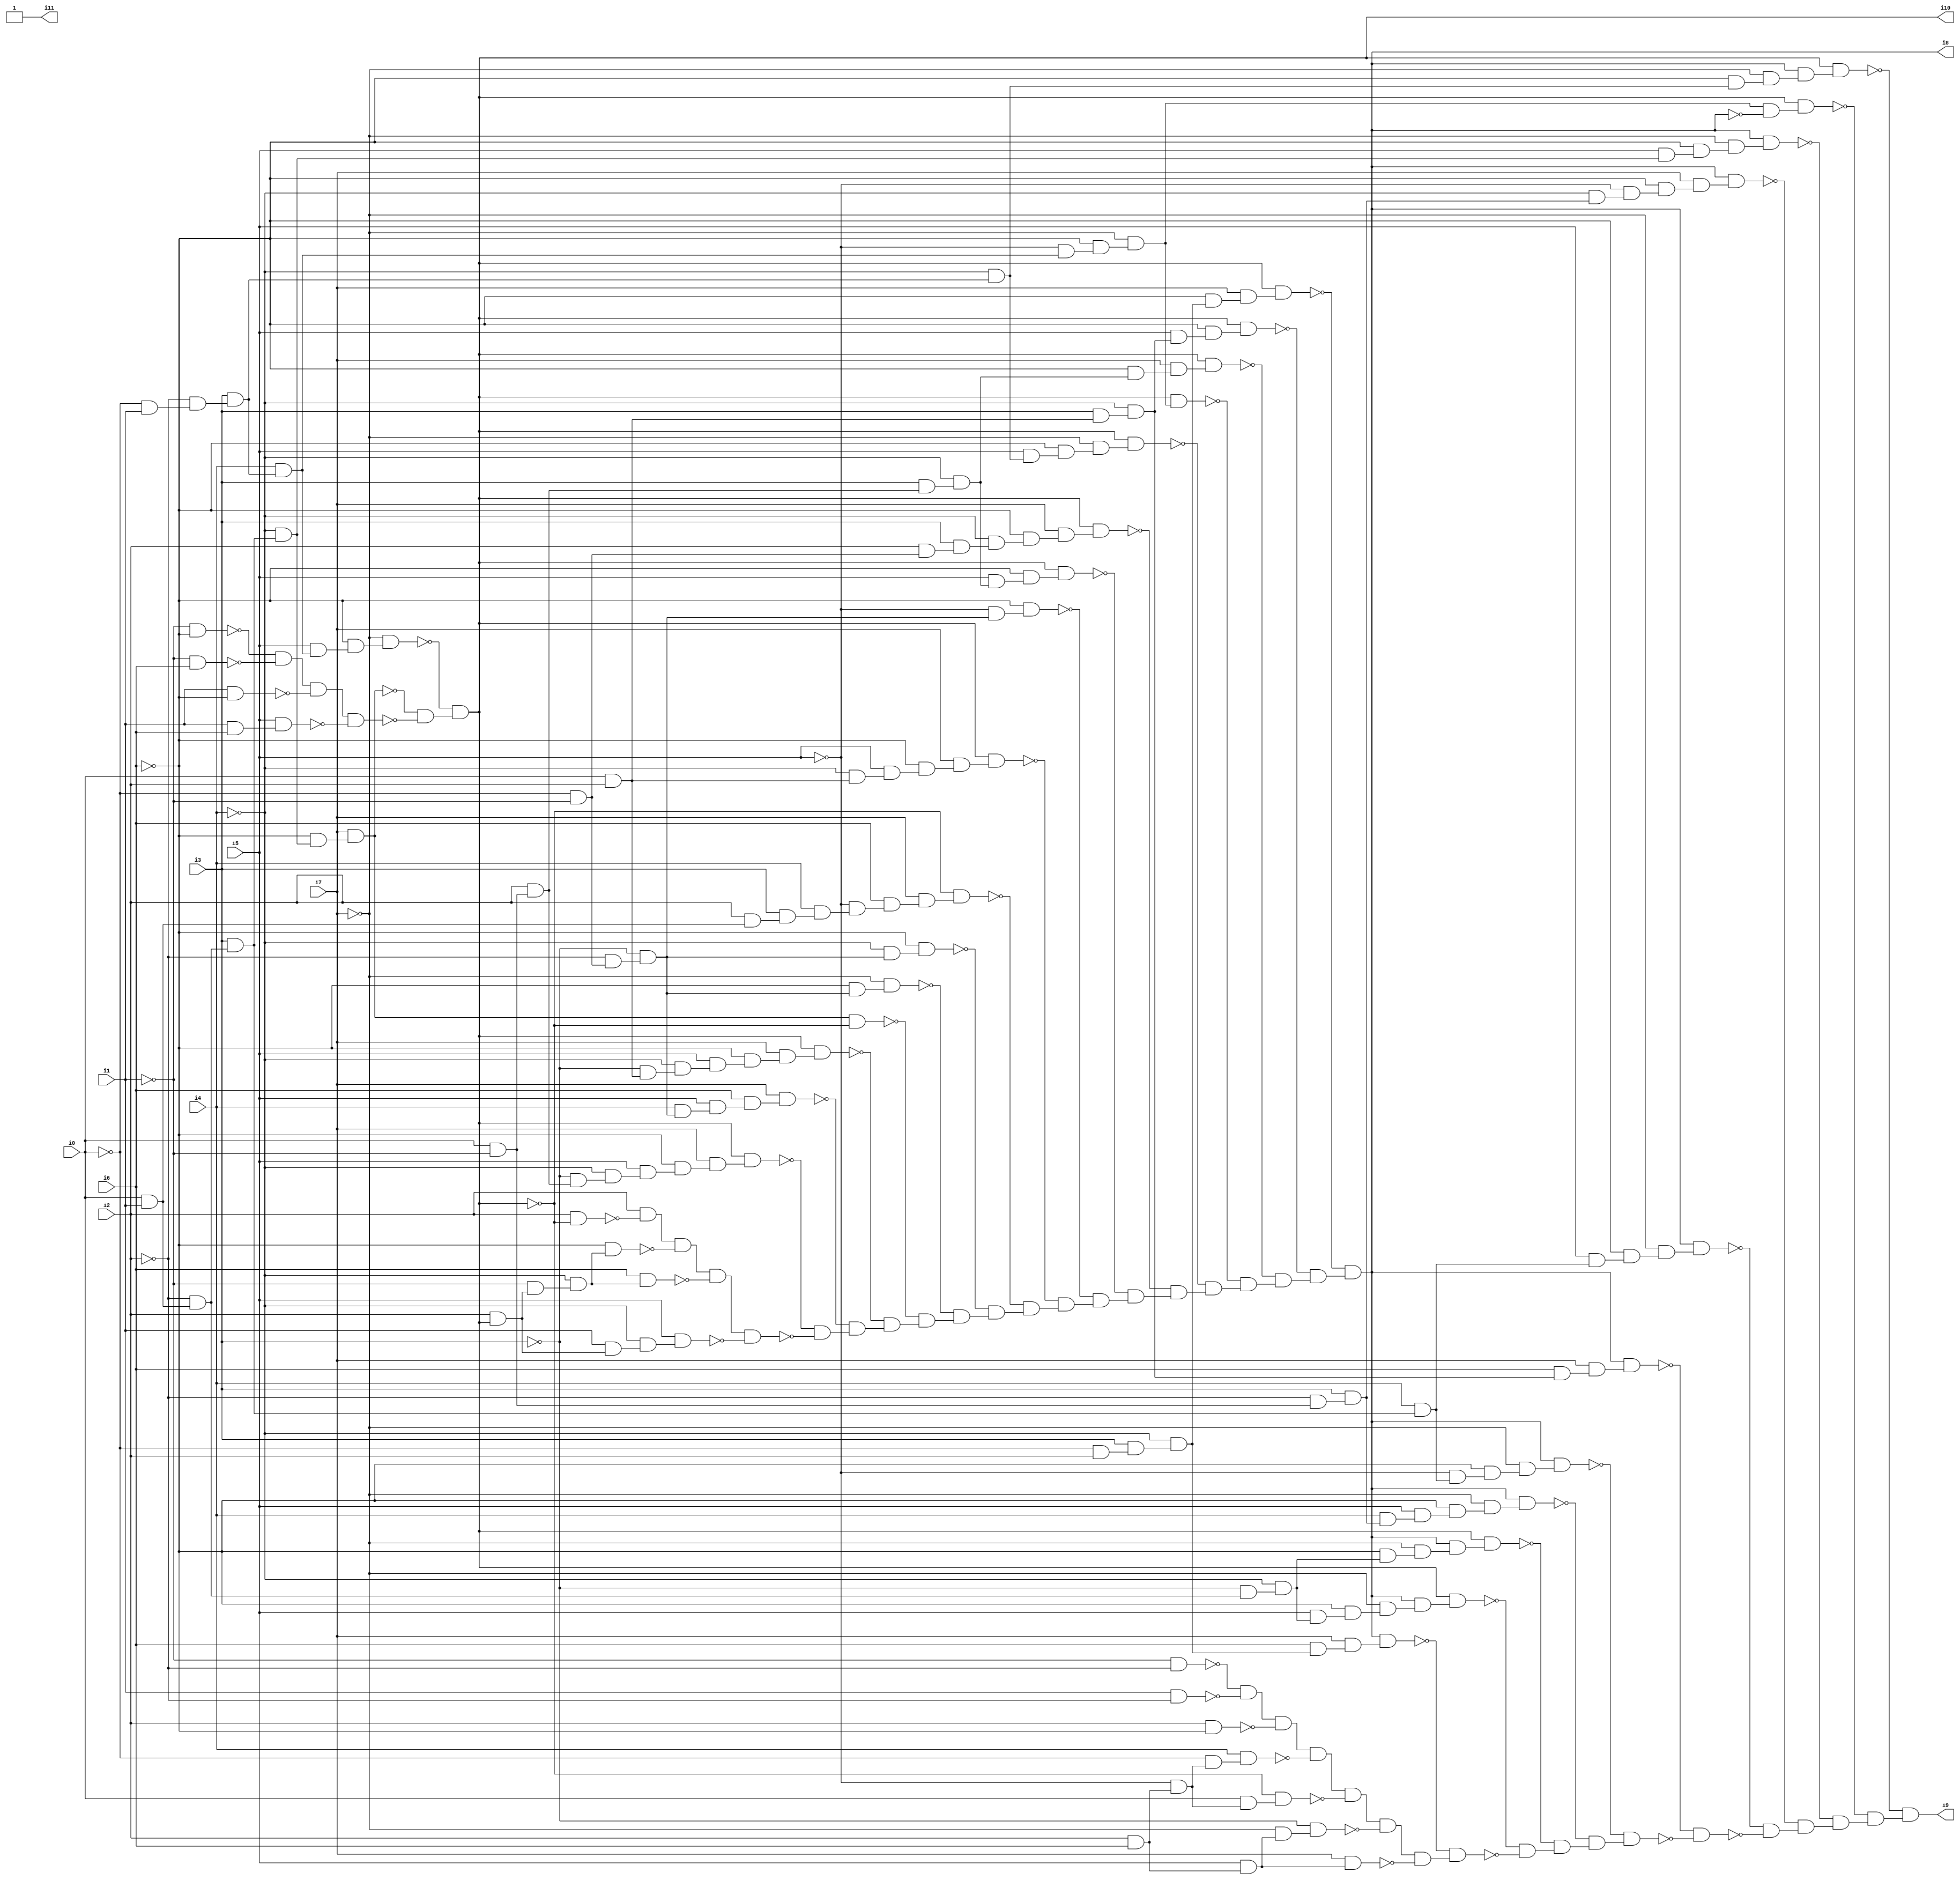
// Benchmark "SKOLEMFORMULA" written by ABC on Mon May  4 05:27:44 2020

module SKOLEMFORMULA ( 
    i0, i1, i2, i3, i4, i5, i6, i7,
    i8, i9, i10, i11  );
  input  i0, i1, i2, i3, i4, i5, i6, i7;
  output i8, i9, i10, i11;
  wire n14, n15, n16, n17, n18, n19, n20, n21, n22, n23, n24, n25, n26, n27,
    n28, n29, n30, n31, n32, n33, n34, n35, n37, n38, n39, n40, n41, n42,
    n43, n44, n45, n46, n47, n48, n49, n50, n51, n52, n53, n54, n55, n56,
    n57, n58, n59, n60, n61, n62, n63, n64, n65, n66, n67, n68, n69, n70,
    n71, n72, n73, n74, n75, n76, n77, n78, n79, n80, n81, n82, n83, n84,
    n85, n86, n87, n88, n89, n90, n91, n92, n93, n94, n95, n96, n97, n98,
    n99, n100, n101, n102, n103, n104, n105, n106, n107, n108, n109, n110,
    n111, n112, n113, n114, n115, n116, n117, n118, n119, n120, n121, n122,
    n123, n124, n125, n126, n127, n128, n129, n130, n131, n132, n133, n134,
    n135, n136, n137, n138, n139, n141, n142, n143, n144, n145, n146, n147,
    n148, n149, n150, n151, n152, n153, n154, n155, n156, n157, n158, n159,
    n160, n161, n162, n163, n164, n165, n166, n167, n168, n169, n170, n171,
    n172, n173, n174, n175, n176, n177, n178, n179, n180, n181, n182, n183,
    n184, n185, n186, n187, n188, n189, n190, n191, n192, n193, n194, n195,
    n196, n197, n198, n199, n200, n201, n202, n203, n204, n205, n206, n207,
    n208, n209, n210, n211, n212, n213, n214, n215, n216, n217;
  assign n14 = i0 & i1;
  assign n15 = ~i2 & n14;
  assign n16 = i3 & n15;
  assign n17 = ~i4 & n16;
  assign n18 = ~i6 & n17;
  assign n19 = i7 & n18;
  assign n20 = ~i0 & i1;
  assign n21 = ~i2 & n20;
  assign n22 = i3 & n21;
  assign n23 = i4 & n22;
  assign n24 = i5 & n23;
  assign n25 = ~i6 & n24;
  assign n26 = ~i7 & n25;
  assign n27 = ~i1 & ~i6;
  assign n28 = ~i1 & i6;
  assign n29 = ~n27 & ~n28;
  assign n30 = i1 & ~i6;
  assign n31 = n29 & ~n30;
  assign n32 = i1 & i6;
  assign n33 = i5 & n32;
  assign n34 = n31 & ~n33;
  assign n35 = ~n19 & ~n34;
  assign i10 = ~n26 & n35;
  assign n37 = i0 & ~i1;
  assign n38 = i2 & n37;
  assign n39 = ~i3 & n38;
  assign n40 = ~i4 & n39;
  assign n41 = i5 & n40;
  assign n42 = ~i6 & n41;
  assign n43 = i7 & n42;
  assign n44 = i10 & n43;
  assign n45 = ~i0 & ~i1;
  assign n46 = ~i2 & n45;
  assign n47 = ~i3 & n46;
  assign n48 = i4 & n47;
  assign n49 = i5 & n48;
  assign n50 = i6 & n49;
  assign n51 = i7 & n50;
  assign n52 = i0 & i2;
  assign n53 = ~i3 & n52;
  assign n54 = ~i4 & n53;
  assign n55 = i5 & n54;
  assign n56 = ~i6 & n55;
  assign n57 = i7 & n56;
  assign n58 = i10 & n57;
  assign n59 = n19 & ~i10;
  assign n60 = ~i6 & n47;
  assign n61 = ~i7 & n60;
  assign n62 = ~i4 & n47;
  assign n63 = ~i6 & n62;
  assign n64 = i2 & n14;
  assign n65 = i3 & n64;
  assign n66 = i4 & n65;
  assign n67 = ~i5 & n66;
  assign n68 = i6 & n67;
  assign n69 = i7 & n68;
  assign n70 = ~i10 & n69;
  assign n71 = ~i4 & n52;
  assign n72 = i5 & n71;
  assign n73 = ~i6 & n72;
  assign n74 = i7 & n73;
  assign n75 = i10 & n74;
  assign n76 = ~i5 & n47;
  assign n77 = ~i6 & n76;
  assign n78 = i3 & n38;
  assign n79 = ~i4 & n78;
  assign n80 = i5 & n79;
  assign n81 = ~i6 & n80;
  assign n82 = i10 & n81;
  assign n83 = i2 & n45;
  assign n84 = i3 & n83;
  assign n85 = ~i4 & n84;
  assign n86 = ~i6 & n85;
  assign n87 = i7 & n86;
  assign n88 = i10 & n87;
  assign n89 = ~i4 & n22;
  assign n90 = i5 & n89;
  assign n91 = ~i6 & n90;
  assign n92 = ~i7 & n91;
  assign n93 = i10 & n92;
  assign n94 = ~i5 & n23;
  assign n95 = ~i6 & n94;
  assign n96 = ~i7 & n95;
  assign n97 = i10 & n96;
  assign n98 = ~i6 & n79;
  assign n99 = i7 & n98;
  assign n100 = i10 & n99;
  assign n101 = i3 & n52;
  assign n102 = ~i4 & n101;
  assign n103 = i5 & n102;
  assign n104 = ~i6 & n103;
  assign n105 = i10 & n104;
  assign n106 = ~i0 & i2;
  assign n107 = i3 & n106;
  assign n108 = ~i4 & n107;
  assign n109 = ~i6 & n108;
  assign n110 = i7 & n109;
  assign n111 = i10 & n110;
  assign n112 = i2 & ~i10;
  assign n113 = i2 & ~n112;
  assign n114 = i2 & i10;
  assign n115 = ~i1 & n114;
  assign n116 = ~i4 & n115;
  assign n117 = ~i6 & n116;
  assign n118 = n113 & ~n117;
  assign n119 = i6 & n116;
  assign n120 = n118 & ~n119;
  assign n121 = i1 & n114;
  assign n122 = ~i4 & n121;
  assign n123 = i5 & n122;
  assign n124 = n120 & ~n123;
  assign n125 = ~n44 & ~n124;
  assign n126 = ~n51 & n125;
  assign n127 = ~n58 & n126;
  assign n128 = ~n59 & n127;
  assign n129 = ~n61 & n128;
  assign n130 = ~n63 & n129;
  assign n131 = ~n70 & n130;
  assign n132 = ~n75 & n131;
  assign n133 = ~n77 & n132;
  assign n134 = ~n82 & n133;
  assign n135 = ~n88 & n134;
  assign n136 = ~n93 & n135;
  assign n137 = ~n97 & n136;
  assign n138 = ~n100 & n137;
  assign n139 = ~n105 & n138;
  assign i8 = ~n111 & n139;
  assign n141 = i6 & n108;
  assign n142 = i7 & n141;
  assign n143 = i8 & n142;
  assign n144 = ~i3 & n15;
  assign n145 = ~i4 & n144;
  assign n146 = i5 & n145;
  assign n147 = ~i6 & n146;
  assign n148 = ~i7 & n147;
  assign n149 = i8 & n148;
  assign n150 = i10 & n149;
  assign n151 = ~i6 & n145;
  assign n152 = ~i7 & n151;
  assign n153 = i8 & n152;
  assign n154 = i10 & n153;
  assign n155 = ~i2 & n37;
  assign n156 = i3 & n155;
  assign n157 = i4 & n156;
  assign n158 = i5 & n157;
  assign n159 = ~i6 & n158;
  assign n160 = ~i7 & n159;
  assign n161 = i8 & n160;
  assign n162 = i4 & n16;
  assign n163 = ~i5 & n162;
  assign n164 = ~i6 & n163;
  assign n165 = ~i7 & n164;
  assign n166 = i8 & n165;
  assign n167 = i6 & n102;
  assign n168 = i7 & n167;
  assign n169 = i8 & n168;
  assign n170 = i5 & n162;
  assign n171 = ~i6 & n170;
  assign n172 = ~i7 & n171;
  assign n173 = i8 & n172;
  assign n174 = ~i4 & n156;
  assign n175 = ~i5 & n174;
  assign n176 = ~i6 & n175;
  assign n177 = i7 & n176;
  assign n178 = i8 & n177;
  assign n179 = i5 & n17;
  assign n180 = ~i6 & n179;
  assign n181 = ~i7 & n180;
  assign n182 = i8 & n181;
  assign n183 = n96 & ~i8;
  assign n184 = i10 & n183;
  assign n185 = ~i6 & n89;
  assign n186 = ~i7 & n185;
  assign n187 = i8 & n186;
  assign n188 = i10 & n187;
  assign n189 = ~i1 & ~i2;
  assign n190 = i1 & ~i2;
  assign n191 = ~n189 & ~n190;
  assign n192 = i2 & ~i6;
  assign n193 = n191 & ~n192;
  assign n194 = i2 & i6;
  assign n195 = ~i5 & n194;
  assign n196 = ~i0 & n195;
  assign n197 = i4 & n196;
  assign n198 = n193 & ~n197;
  assign n199 = i0 & n195;
  assign n200 = ~i10 & n199;
  assign n201 = n198 & ~n200;
  assign n202 = i5 & n194;
  assign n203 = ~i7 & n202;
  assign n204 = ~i3 & n203;
  assign n205 = n201 & ~n204;
  assign n206 = i7 & n202;
  assign n207 = n205 & ~n206;
  assign n208 = ~n143 & n207;
  assign n209 = ~n150 & ~n208;
  assign n210 = ~n154 & n209;
  assign n211 = ~n161 & n210;
  assign n212 = ~n166 & n211;
  assign n213 = ~n169 & ~n212;
  assign n214 = ~n173 & ~n213;
  assign n215 = ~n178 & n214;
  assign n216 = ~n182 & n215;
  assign n217 = ~n184 & n216;
  assign i9 = ~n188 & n217;
  assign i11 = 1'b1;
endmodule